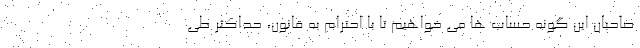
صاحبان این گونه حساب ها می خواهیم تا با احترام به قانون، حداکثر طی